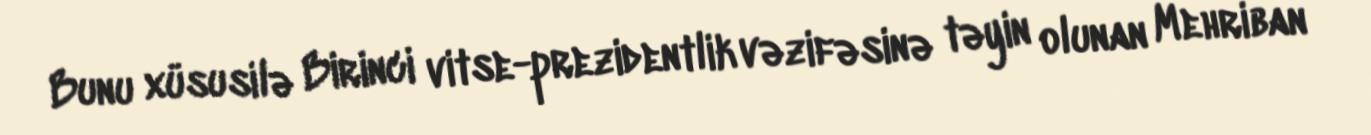
Bunu xüsusilə Birinci vitse-prezidentlik vəzifəsinə təyin olunan Mehriban